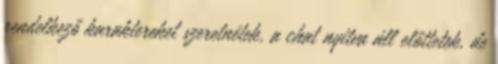
rendelkező karaktereket szeretnétek, a chat nyitva áll előttetek, de